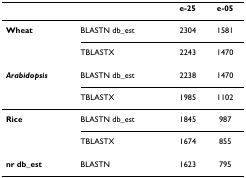
<table><thead><tr><td></td><td></td><td><b>e-25</b></td><td><b>e-05</b></td></tr></thead><tbody><tr><td><b>Wheat</b></td><td>BLASTN db_est</td><td>2304</td><td>1581</td></tr><tr><td></td><td>TBLASTX</td><td>2243</td><td>1470</td></tr><tr><td><b><i>Arabidopsis</i></b></td><td>BLASTN db_est</td><td>2238</td><td>1470</td></tr><tr><td></td><td>TBLASTX</td><td>1985</td><td>1102</td></tr><tr><td><b>Rice</b></td><td>BLASTN db_est</td><td>1845</td><td>987</td></tr><tr><td></td><td>TBLASTX</td><td>1674</td><td>855</td></tr><tr><td><b>nr db_est</b></td><td>BLASTN</td><td>1623</td><td>795</td></tr></tbody></table>